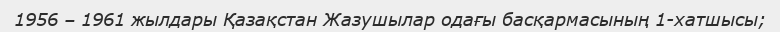
1956 – 1961 жылдары Қазақстан Жазушылар одағы басқармасының 1-хатшысы;